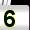
Digit: 5